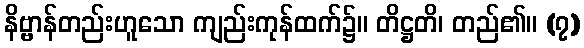
နိဗ္ဗာန်တည်းဟူသော ကျည်းကုန်ထက်၌။ တိဋ္ဌတိ၊ တည်၏။ (၇)